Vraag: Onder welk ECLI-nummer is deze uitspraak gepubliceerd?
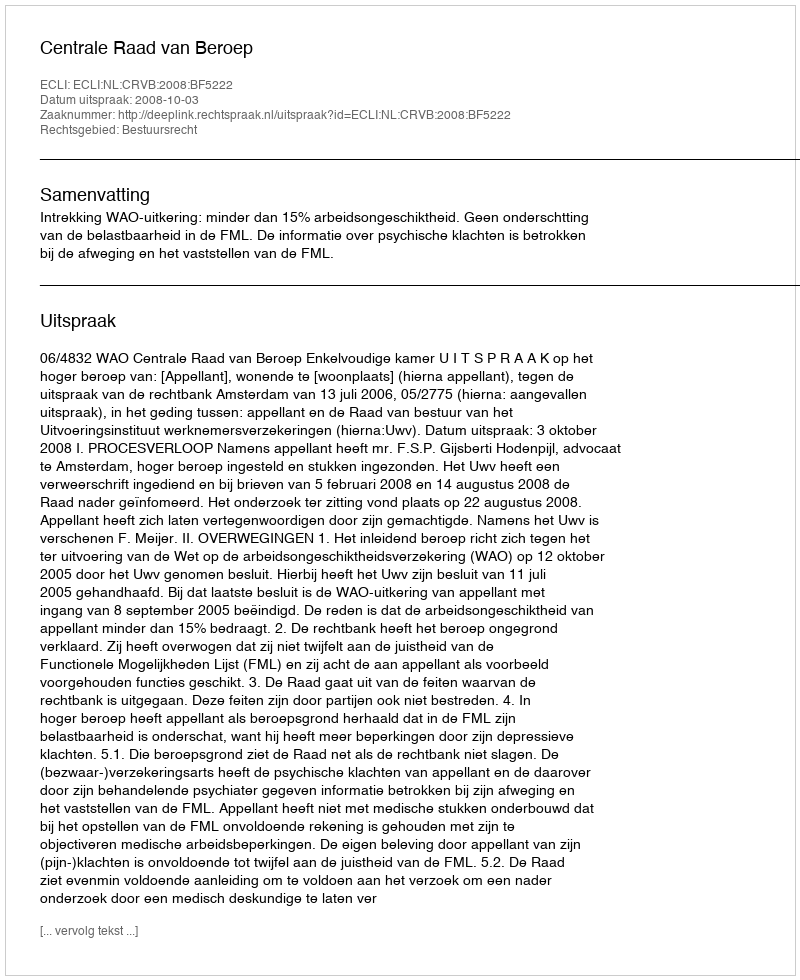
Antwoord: ECLI:NL:CRVB:2008:BF5222